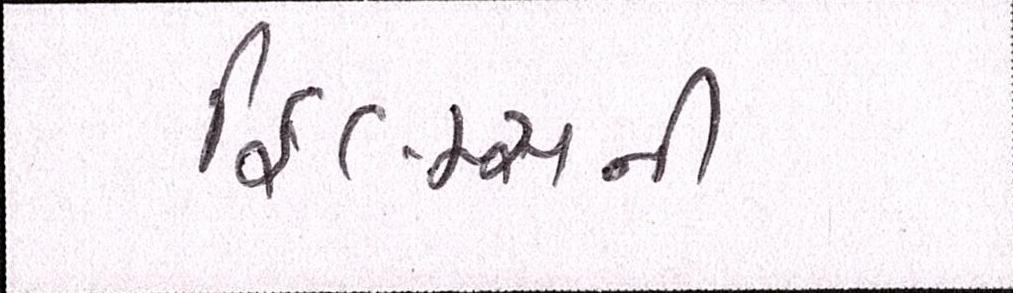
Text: ફિલ્મ્સની